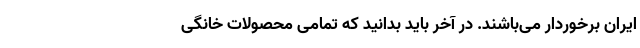
ایران برخوردار می‌باشند. در آخر باید بدانید که تمامی محصولات خانگی